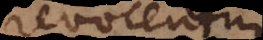
revocentur.